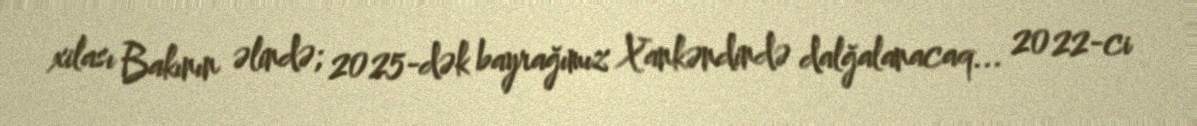
xilası Bakının əlində; 2025-dək bayrağımız Xankəndində dalğalanacaq... 2022-ci